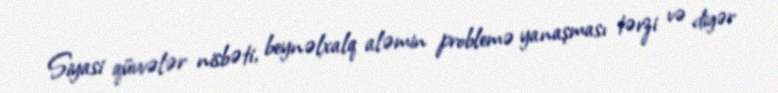
Siyasi qüvvələr nisbəti, beynəlxalq aləmin problemə yanaşması tərzi və digər